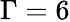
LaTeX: \Gamma=6